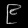
Digit: ၉